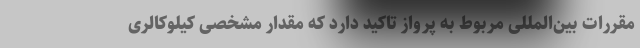
مقررات بین‌المللی مربوط به پرواز تاکید دارد که مقدار مشخصی کیلوکالری